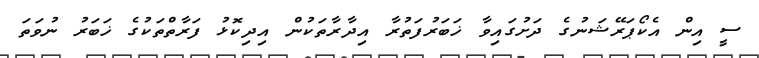
ސީ އިން އެކޯޕަރޭޝަނުގެ ދަށުގައިވާ ޚަބަރުފަތުރާ އިދާރާތަކުން އިދިކޮޅު ފަރާތްތަކުގެ ޚަބަރު ނުވަތަ